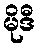
မိုဒီ